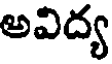
అవిద్య